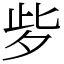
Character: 㱔